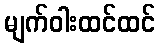
မျက်ဝါးထင်ထင်